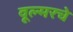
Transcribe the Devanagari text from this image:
वूल्मरचे